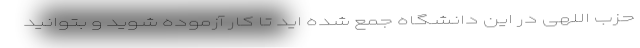
حزب اللهی در این دانشگاه جمع شده اید تا کار آزموده شوید و بتوانید